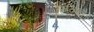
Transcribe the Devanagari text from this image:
संचिको